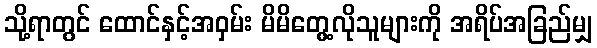
သို့ရာတွင် ထောင်နှင့်အဝှမ်း မိမိတွေ့လိုသူများကို အရိပ်အခြည်မျှ